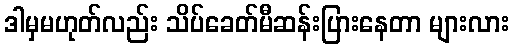
ဒါမှမဟုတ်လည်း သိပ်ခေတ်မီဆန်းပြားနေတာ များလား